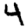
Digit: 4